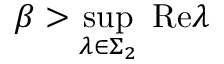
\beta > \operatorname* { s u p } _ { \lambda \in \Sigma _ { 2 } } \; \mathrm { R e } \lambda